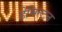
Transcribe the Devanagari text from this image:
हेमिल्‍टन